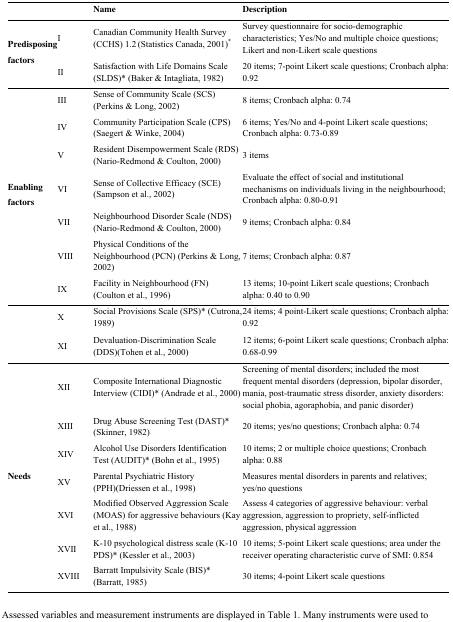
<table><thead><tr><td></td><td></td><td><b>Name</b></td><td><b>Description</b></td></tr></thead><tbody><tr><td rowspan="2"><b>Predisposing</b><b>factors</b></td><td>I</td><td>Canadian Community Health Survey (CCHS) 1.2 (Statistics Canada, 2001)<sup>*</sup></td><td>Survey questionnaire for socio-demographic characteristics; Yes/No and multiple choice questions; Likert and non-Likert scale questions</td></tr><tr><td>II</td><td>Satisfaction with Life Domains Scale (SLDS)* (Baker &amp; Intagliata, 1982)</td><td>20 items; 7-point Likert scale questions; Cronbach alpha: 0.92</td></tr><tr><td rowspan="7"><b>Enabling factors</b></td><td>III</td><td>Sense of Community Scale (SCS) (Perkins &amp; Long, 2002)</td><td>8 items; Cronbach alpha: 0.74</td></tr><tr><td>IV</td><td>Community Participation Scale (CPS) (Saegert &amp; Winke, 2004)</td><td>6 items; Yes/No and 4-point Likert scale questions; Cronbach alpha: 0.73-0.89</td></tr><tr><td>V</td><td>Resident Disempowerment Scale (RDS) (Nario-Redmond &amp; Coulton, 2000)</td><td>3 items</td></tr><tr><td>VI</td><td>Sense of Collective Efficacy (SCE) (Sampson et al., 2002)</td><td>Evaluate the effect of social and institutional mechanisms on individuals living in the neighbourhood; Cronbach alpha: 0.80-0.91</td></tr><tr><td>VII</td><td>Neighbourhood Disorder Scale (NDS) (Nario-Redmond &amp; Coulton, 2000)</td><td>9 items; Cronbach alpha: 0.84</td></tr><tr><td>VIII</td><td>Physical Conditions of the Neighbourhood (PCN) (Perkins &amp; Long, 2002)</td><td>7 items; Cronbach alpha: 0.87</td></tr><tr><td>IX</td><td>Facility in Neighbourhood (FN) (Coulton et al., 1996)</td><td>13 items; 10-point Likert scale questions; Cronbach alpha: 0.40 to 0.90</td></tr><tr><td rowspan="2"></td><td>X</td><td>Social Provisions Scale (SPS)* (Cutrona, 1989)</td><td>24 items; 4 point-Likert scale questions; Cronbach alpha: 0.92</td></tr><tr><td>XI</td><td>Devaluation-Discrimination Scale (DDS)(Tohen et al., 2000)</td><td>12 items; 6-point Likert scale questions; Cronbach alpha: 0.68-0.99</td></tr><tr><td rowspan="7"><b>Needs</b></td><td>XII</td><td>Composite International Diagnostic Interview (CIDI)* (Andrade et al., 2000)</td><td>Screening of mental disorders; included the most frequent mental disorders (depression, bipolar disorder, mania, post-traumatic stress disorder, anxiety disorders: social phobia, agoraphobia, and panic disorder)</td></tr><tr><td>XIII</td><td>Drug Abuse Screening Test (DAST)* (Skinner, 1982)</td><td>20 items; yes/no questions; Cronbach alpha: 0.74</td></tr><tr><td>XIV</td><td>Alcohol Use Disorders Identification Test (AUDIT)* (Bohn et al., 1995)</td><td>10 items; 2 or multiple choice questions; Cronbach alpha: 0.88</td></tr><tr><td>XV</td><td>Parental Psychiatric History (PPH)(Driessen et al., 1998)</td><td>Measures mental disorders in parents and relatives; yes/no questions</td></tr><tr><td>XVI</td><td>Modified Observed Aggression Scale (MOAS) for aggressive behaviours (Kay et al., 1988)</td><td>Assess 4 categories of aggressive behaviour: verbal aggression, aggression to propriety, self-inflicted aggression, physical aggression</td></tr><tr><td>XVII</td><td>K-10 psychological distress scale (K-10 PDS)* (Kessler et al., 2003)</td><td>10 items; 5-point Likert scale questions; area under the receiver operating characteristic curve of SMI: 0.854</td></tr><tr><td>XVIII</td><td>Barratt Impulsivity Scale (BIS)* (Barratt, 1985)</td><td>30 items; 4-point Likert scale questions</td></tr></tbody></table>